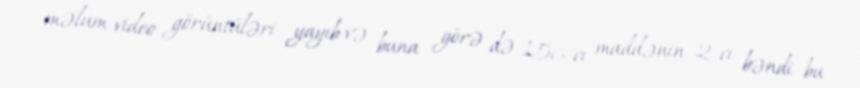
məlum video görüntüləri yayıb və buna görə də 156-cı maddənin 2-ci bəndi bu